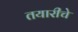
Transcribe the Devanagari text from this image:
तयारीचे